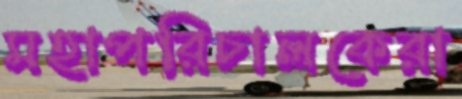
মহাপরিচালকেরা